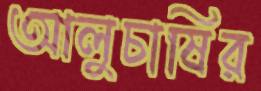
আলুচাষির